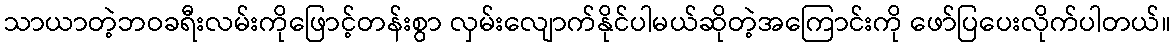
သာယာတဲ့ဘဝခရီးလမ်းကိုဖြောင့်တန်းစွာ လှမ်းလျောက်နိုင်ပါမယ်ဆိုတဲ့အကြောင်းကို ဖော်ပြပေးလိုက်ပါတယ်။